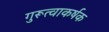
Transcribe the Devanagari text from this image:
गुरूत्वाकर्षक